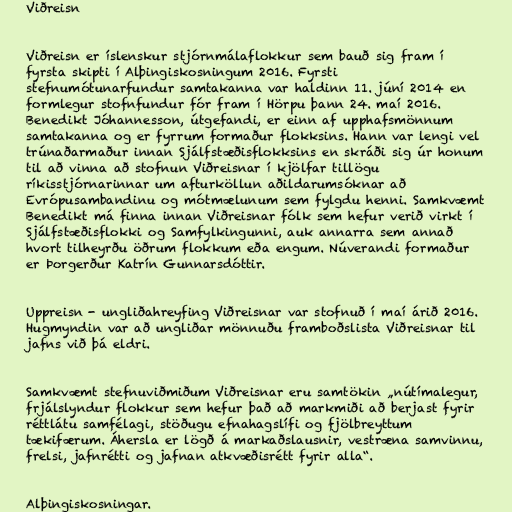
Viðreisn

Viðreisn er íslenskur stjórnmálaflokkur sem bauð sig fram í
fyrsta skipti í Alþingiskosningum 2016. Fyrsti
stefnumótunarfundur samtakanna var haldinn 11. júní 2014 en
formlegur stofnfundur fór fram í Hörpu þann 24. maí 2016.
Benedikt Jóhannesson, útgefandi, er einn af upphafsmönnum
samtakanna og er fyrrum formaður flokksins. Hann var lengi vel
trúnaðarmaður innan Sjálfstæðisflokksins en skráði sig úr honum
til að vinna að stofnun Viðreisnar í kjölfar tillögu
ríkisstjórnarinnar um afturköllun aðildarumsóknar að
Evrópusambandinu og mótmælunum sem fylgdu henni. Samkvæmt
Benedikt má finna innan Viðreisnar fólk sem hefur verið virkt í
Sjálfstæðisflokki og Samfylkingunni, auk annarra sem annað
hvort tilheyrðu öðrum flokkum eða engum. Núverandi formaður
er Þorgerður Katrín Gunnarsdóttir.

Uppreisn - ungliðahreyfing Viðreisnar var stofnuð í maí árið 2016.
Hugmyndin var að ungliðar mönnuðu framboðslista Viðreisnar til
jafns við þá eldri.

Samkvæmt stefnuviðmiðum Viðreisnar eru samtökin „nútímalegur,
frjálslyndur flokkur sem hefur það að markmiði að berjast fyrir
réttlátu samfélagi, stöðugu efnahagslífi og fjölbreyttum
tækifærum. Áhersla er lögð á markaðslausnir, vestræna samvinnu,
frelsi, jafnrétti og jafnan atkvæðisrétt fyrir alla“.

Alþingiskosningar.